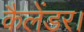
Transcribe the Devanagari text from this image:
कैलेंडर।